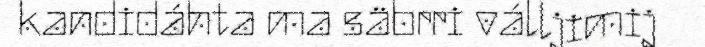
kandidáhta ma säbrri válljimij